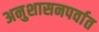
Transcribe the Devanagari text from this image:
अनुशासनपर्वात